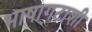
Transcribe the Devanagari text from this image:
भाषागटाशी